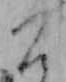
こ